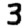
Digit: 3